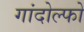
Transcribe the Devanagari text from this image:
गांदोल्फो